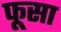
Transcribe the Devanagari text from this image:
फूसा